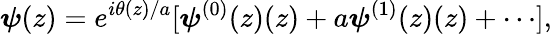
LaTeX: \boldsymbol{\psi}(z)=e^{i\theta(z)/a}[\boldsymbol{\psi}^{(0)}(z)(z)+a\boldsymbol{\psi}^{(1)}(z)(z)+\cdots],